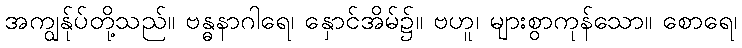
အကျွန်ုပ်တို့သည်။ ဗန္ဓနာဂါရေ၊ နှောင်အိမ်၌။ ဗဟူ၊ များစွာကုန်သော။ စောရေ၊